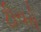
ટીચરો